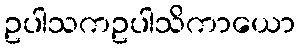
ဥပါသကဥပါသိကာယော